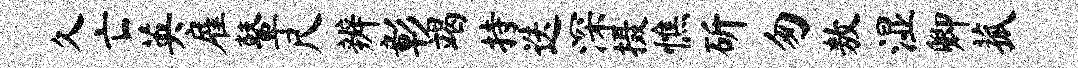
久亡英雇鼙尺辨彰竭持迭深摄憔斫匆敖湿卿菰